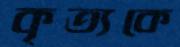
কৃত্যকে